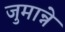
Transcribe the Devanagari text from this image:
जुमान्ने